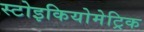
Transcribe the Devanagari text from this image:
स्टोइकियोमेट्रिक